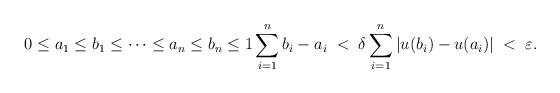
LaTeX: \begin{align*}0\leq a_1\leq b_1 \leq \cdots \leq a_n\leq b_n \leq 1 \sum_{i=1}^n b_i - a_i \; < \; \delta \sum_{i=1}^n|u(b_i) - u(a_i)| \; < \; \varepsilon.\end{align*}